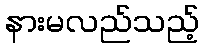
နားမလည်သည့်